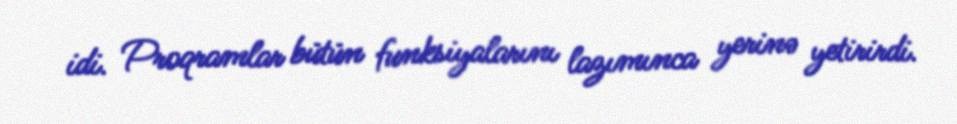
idi. Proqramlar bütün funksiyalarını lazımınca yerinə yetirirdi.